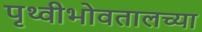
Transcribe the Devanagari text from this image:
पृथ्वीभोवतालच्या